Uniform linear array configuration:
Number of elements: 8
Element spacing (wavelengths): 0.75
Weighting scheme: uniform
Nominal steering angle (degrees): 30
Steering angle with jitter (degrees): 31.726
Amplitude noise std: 0.05
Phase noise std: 0.05

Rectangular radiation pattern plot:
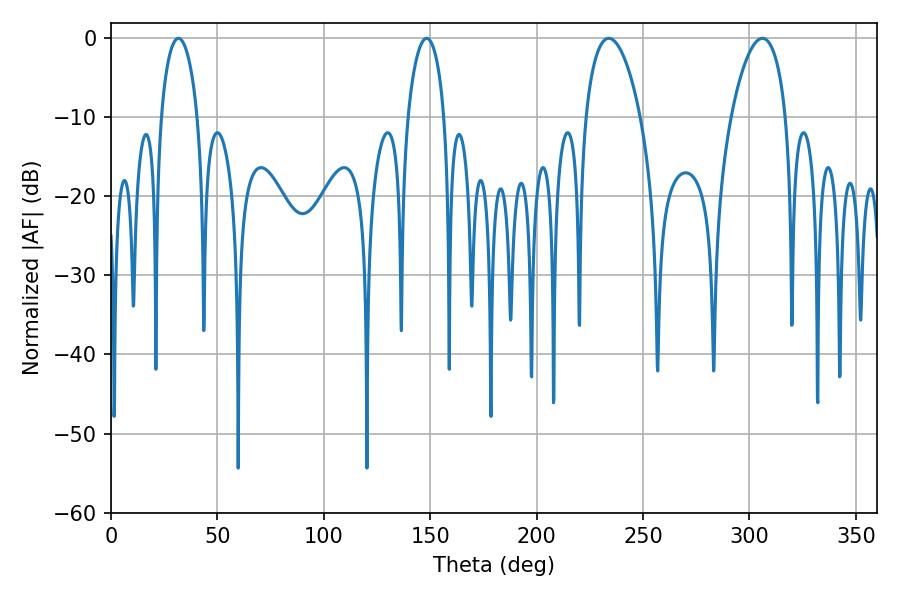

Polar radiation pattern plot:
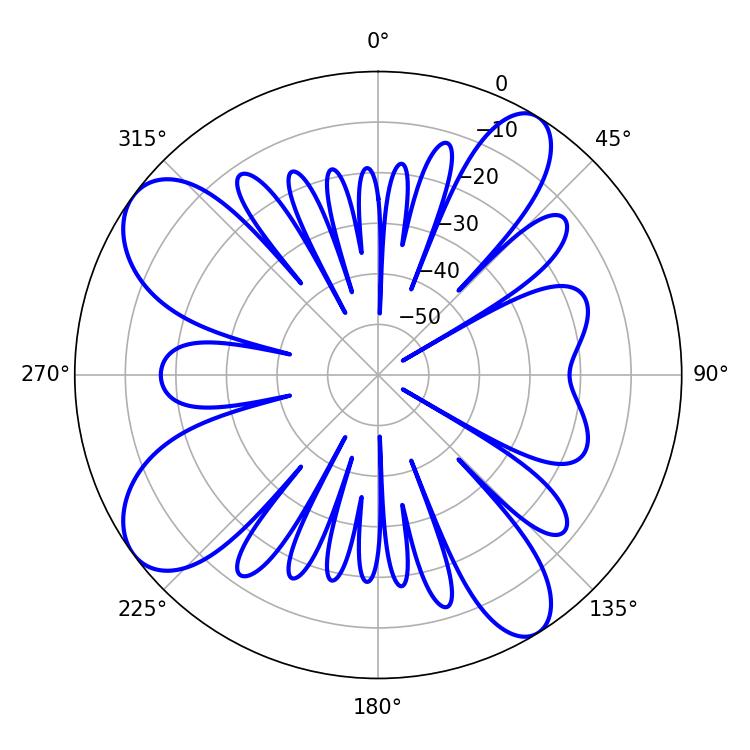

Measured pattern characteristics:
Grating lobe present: TRUE
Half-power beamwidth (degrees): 9.9
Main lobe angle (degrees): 31.68